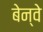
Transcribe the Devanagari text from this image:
बेन्वे